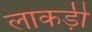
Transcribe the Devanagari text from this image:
लाकड़ी